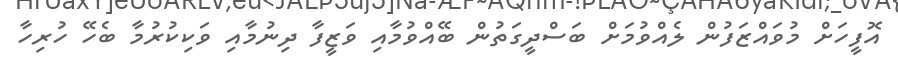
އޮފީހަށް މުވައްޒަފުން ލެއްވުމަށް ބަސްދީގަތުން ބޭއްވުމާއި ވަޒީފާ ދިނުމާއި ވަކިކުރުމާ ބެހޭ ހުރިހާ